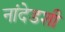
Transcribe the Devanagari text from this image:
नांदेडशी